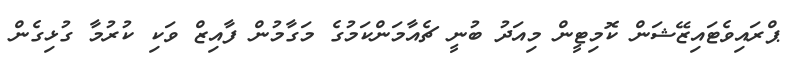
ޕްރައިވެޓައިޒޭޝަން ކޮމިޓީން މިއަދު ބުނީ ޗެއާމަންކަމުގެ މަގާމުން ފާއިޒް ވަކި ކުރުމާ ގުޅިގެން